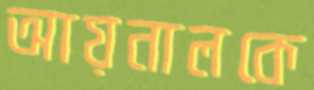
আয়নালকে